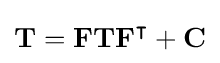
\mathbf {T} =\mathbf {F} \mathbf {T} \mathbf {F} ^{\intercal }+\mathbf {C}